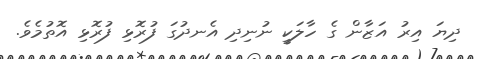
ދިޔަ އިރު އަޒާން ގެ ހާލަކީ ނުނިދި އެނދުގަ ފުރޮޅި ފުރޮޅި އޮތުމެވެ.